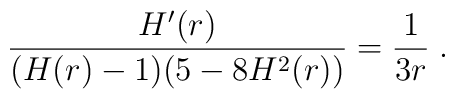
\frac{H'(r)}{(H(r)-1)(5-8H^2(r))}=\frac{1}{3r} \; .